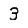
Digit: 3